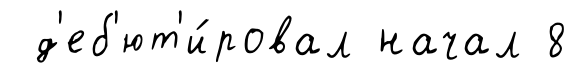
д'еб'ют'и́ровал начал 8